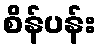
စိန်ပန်း